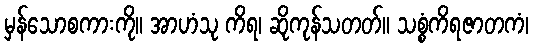
မှန်သောစကားကို။ အာဟံသု ကိရ၊ ဆိုကုန်သတတ်။ သစ္စံကိရဇာတကံ၊